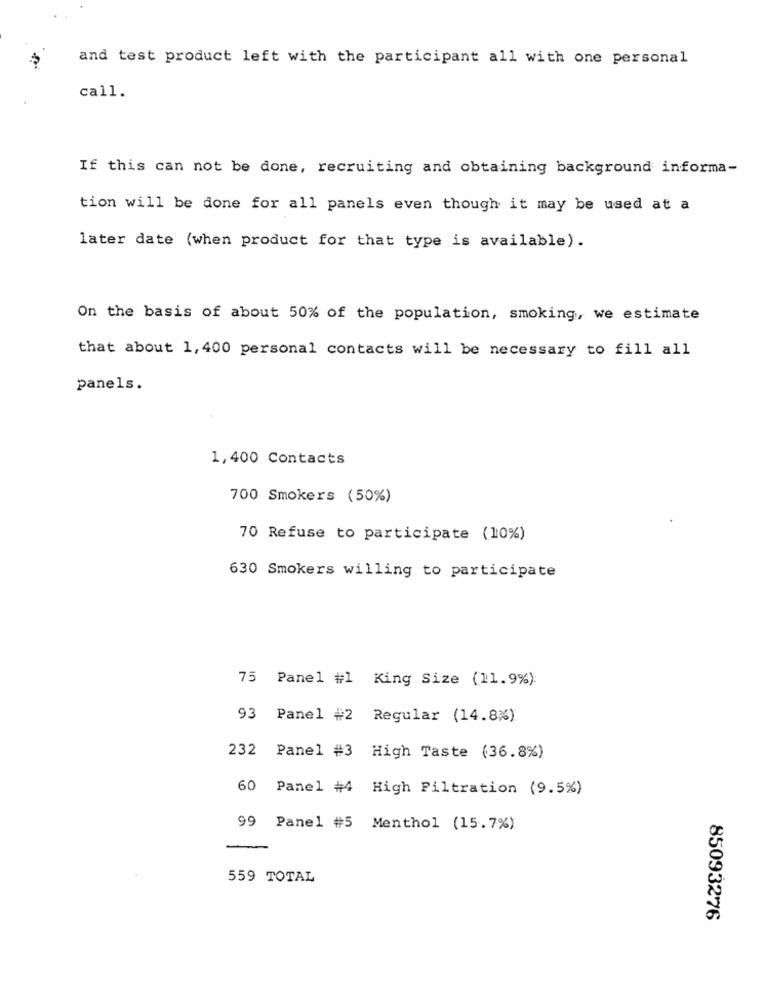
and test product left with the participant all with one personal
call.
If this can not be done, recruiting and obtaining background informa-
tion will be done for all panels even though it may be used at a
later date (when product for that type is available).
On the basis of about 50% of the population, smoking, we estimate
that about 1, 400 personal contacts will be necessary to fill all
panels.
1,400 Contacts
700 Smokers (50%)
70 Refuse to participate (10%)
630 Smokers willing to participate
75 Panel #1 King Size (11.9%):
93
Panel #2 Regular (14.8%)
232 Panel #3 High Taste (36.8%)
60 Panel #4 High Filtration (9.5%)
99 Panel #5 Menthol (15.7%)
559 TOTAL
85093276